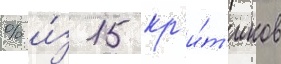
% и́з 15 кр'и́т'иков